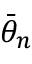
{ \bar { \theta } } _ { n }